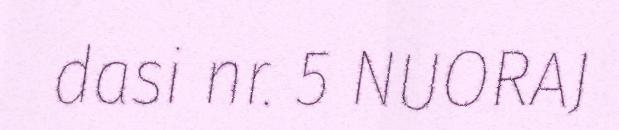
dasi nr. 5 NUORAJ